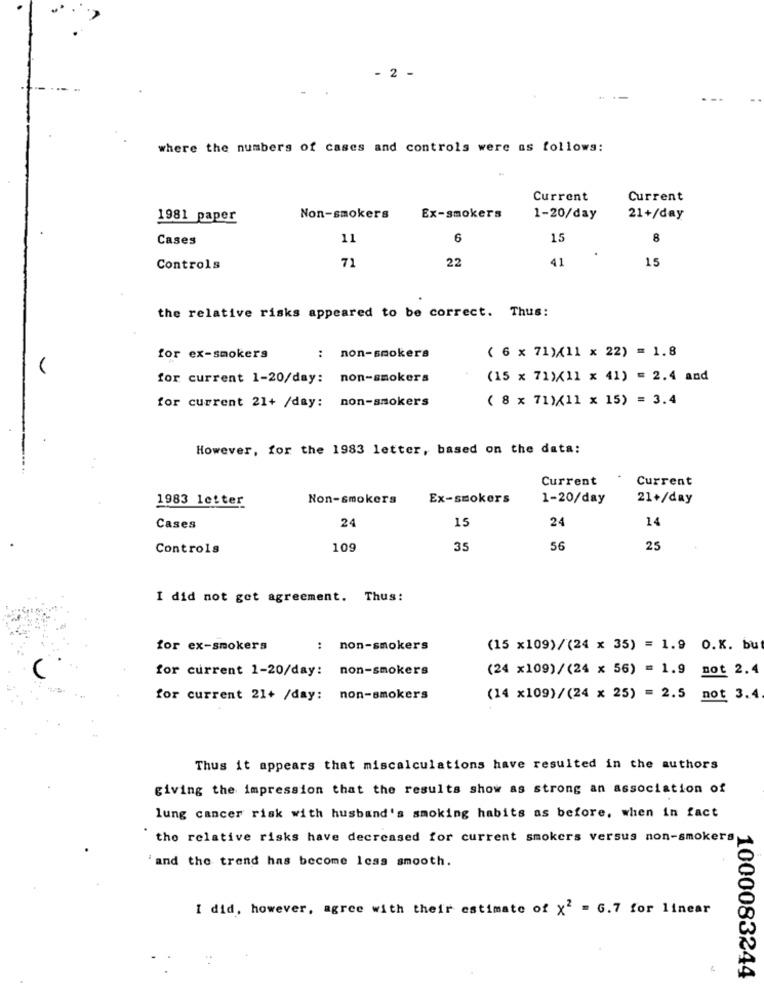
- 2 -
where the numbers of cases and controls were as follows:
Current
Current
1981 paper
Non-smokers
Ex-smokers
1-20/day
21+/day
Cases
11
6
15
8
71
22
41
15
Controls
the relative risks appeared to be correct. Thus:
for ex-smokers
non-smokers
( 6 x 71)/11 × 22) = 1.8
for current 1-20/day: non-smokers
(15 x 71)/11 x 41) = 2.4 and
for current 21+ /day: non-smokers
( 8 x 71)/11 x 15) = 3.4
However, for the 1983 letter, based on the data:
Current
Current
1983 letter
Non-smokers
Ex-smokers
1-20/day
21+/day
24
14
Cases
24
15
Controls
109
35
56
25
I did not get agreement. Thus:
for ex-smokers
..
non-smokers
(15 x109)/(24 x 35) = 1.9 O.K. but
for current 1-20/day: non-smokers
(24 x109)/(24 x 56) = 1.9 mot 2.4
for current 21+ /day: non-smokers
(14 x109)/(24 x 25) = 2.5 not 3.4.
Thus it appears that miscalculations have resulted in the authors
giving the impression that the results show as strong an association of
lung cancer risk with husband's smoking habits as before, when in fact
the relative risks have decreased for current smokers versus non-smokers
and the trend has become less smooth.
I did, however, agree with their estimate of x2 = G.7 for linear
1000083244